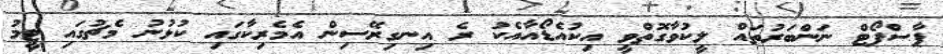
ޕާސްޕޯޓް ނަންބަރުތައް ލީކުވާގޮތްވީ އިކުއެޑޯއާއެކު ރެ އިނގިރޭސިން އެމެރިކާގައި ކުޅުނު މެޗުގައި ޓީމު